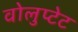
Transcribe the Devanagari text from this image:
वोलुप्टेट